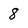
Character: 8